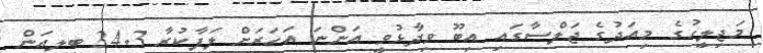
މަޖިލީހުގެ މިއަދުގެ ޖަލްސާގައި އިބޫ ވިދާޅުވީ އަންނަ އަހަރަށް ލަފާކުރާ 24.3 ބިލިއަން